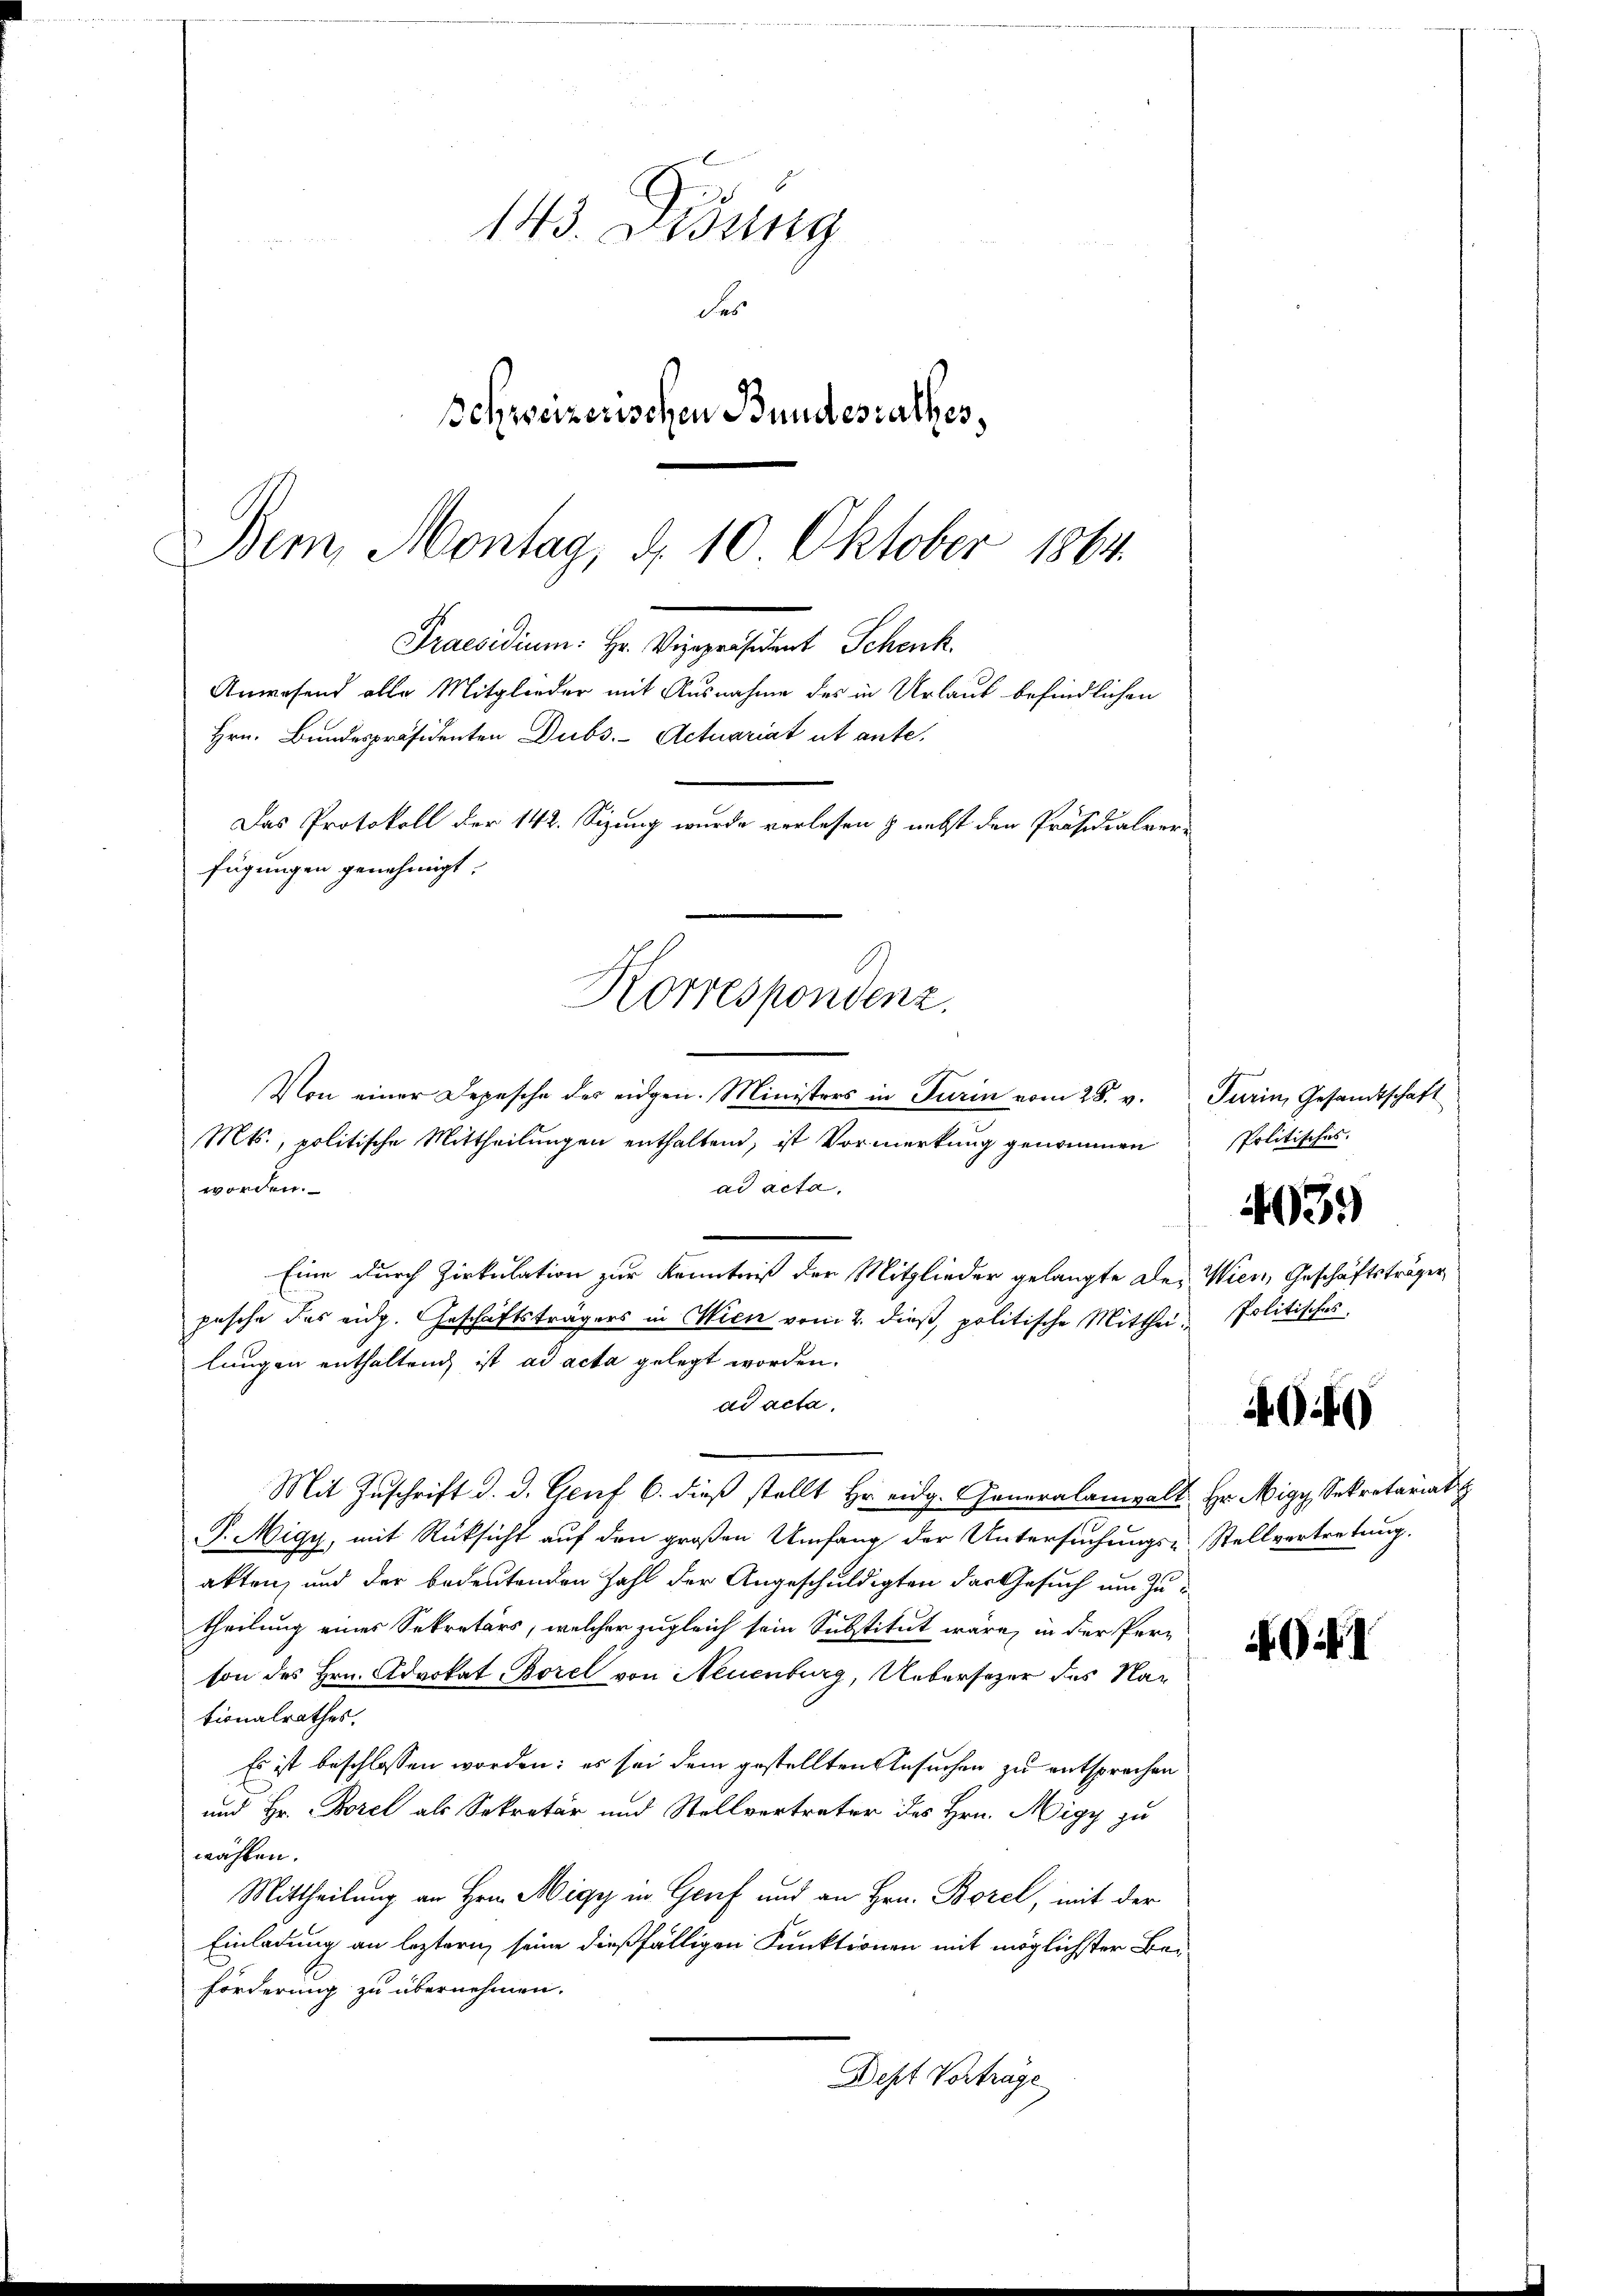
Bem Montag, d. 10 Oktober 1864.
Praesidium: Hr. Vizepräsident Schenk
Anwesend alle Mitglieder mit Ausnahme des in Urlauf befindlichen
Hrn. Bundespräsidenten Dubs.- Actuariat ut ante.
Das Protokoll der 142. Sizung wurde verlesen & nebst den Präsidialverfügungen genehmigt.
Korrespondenz.

Von einer Depesche des eidgen. Ministers in Turin vom 28. v. Turin, Gesandtschaft
Mts., politische Mittheilungen enthaltend, ist Vormerkung genommen
worden.
ad acta,
u
Eine durch Zirkulation zur Kenntniß der Mitglieder gelangte der Wien, Geschäftsträger
pesche das eidg. Geschäftsträgers in Wien vom 2. dieß, politische Mittheilungen enthaltend ist ad acta gelegt worden.
ad acta.
Mit Zuschrift d. d. Genf 6. dieß stellt Hr. eidg. Generalanwalt Hr. Nigy, Sekretariat
P.Migy, mit Rücksicht auf den großen Umfang der Untersuchungs-Stellvertretung.
akten, und der bedeutenden Zahl der Angeschuldigten das Gesuch um Zutheilung eines Sekretärs, welcher zugleich sein Substitut wäre, in der Per-
son des Hrn. Advokat Borel von Neuenburg, Uebersezer des Nationalrathes.
Es ist beschlossen worden; es sei dem gestellten Ansuchen zu entsprochen
und Hr. Borel als Sekretär und Stellvertreter des Hrn. Wigy zu
wählen.
Mittheilung an Hrn. Migy in Genf und an Hrn. Borel, mit der
Einladung an leztern seine dießfälligen Funktionen mit möglichster Be¬
Förderung zu übernehmen.
Dept Vorträge

143. Disung
des
Schweizerischen Bundesrathes,

Politisches.
403.
Politisches

)

I